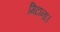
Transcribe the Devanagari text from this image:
मिटाना।